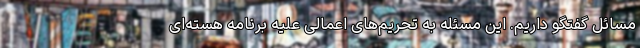
مسائل گفتگو داریم. این مسئله به تحریم‌های اعمالی علیه برنامه هسته‌ای